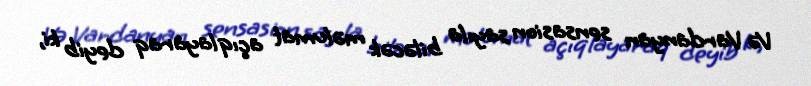
Və Vardanyan sensasion sayıla biləcək məlumat açıqlayaraq deyib ki,